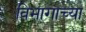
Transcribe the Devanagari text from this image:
विभागाच्‍या